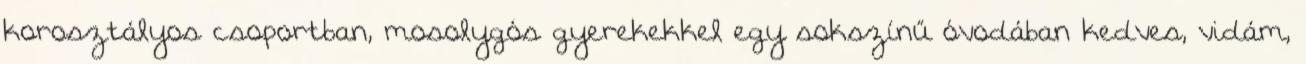
korosztályos csoportban, mosolygós gyerekekkel egy sokszínű óvodában kedves, vidám,